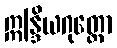
ဣန္ဒြိယဂုတ္တော